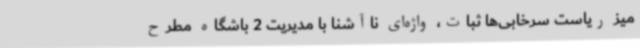
میز ریاست سرخابی‌ها ثبات، واژه‌ای ناآشنا با مدیریت 2 باشگاه مطرح